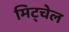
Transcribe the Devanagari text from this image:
मिट्चेल